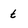
Character: t